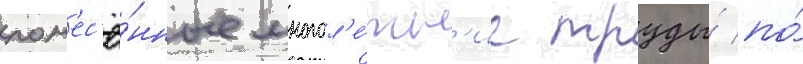
пон'ес'ё́нные многол'е́тн'ие труды́ по́